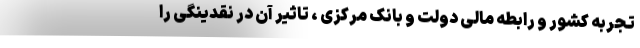
تجربه کشور و رابطه مالی دولت و بانک مرکزی ، تاثیر آن در نقدینگی را